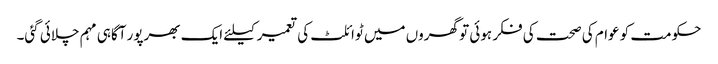
حکومت کو عوام کی صحت کی فکر ہوئی تو گھروں میں ٹوائلٹ کی تعمیر کیلئے ایک بھرپور آگاہی مہم چلائی گئی۔